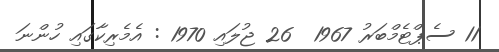
11 ސެޕްޓެމްބަރު 1967  26 ޖުލައި 1970 : އެމެރިކާގައި ހުންނަ